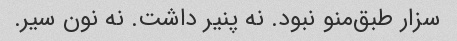
سزار طبق‌منو نبود. نه پنیر داشت. نه نون سیر.